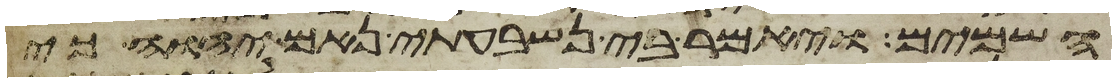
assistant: השמים ויאמר בי נשבעתי נאם יהוה כי